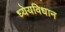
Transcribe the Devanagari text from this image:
ध्येयविधान